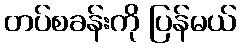
တပ်စခန်းကို ပြန်မယ်